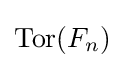
\mathrm {Tor} (F_{n})